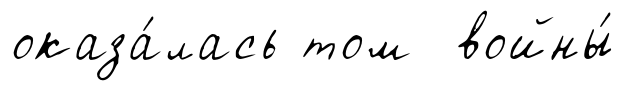
оказа́лась том войны́